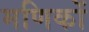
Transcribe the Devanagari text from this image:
मणिकों